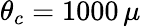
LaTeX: \theta_{c}=1000\, \mu